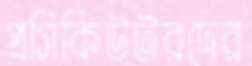
প্রসিকিউটরদের